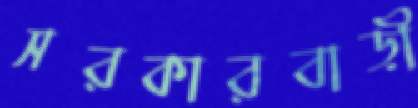
সরকারবাড়ী